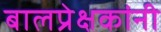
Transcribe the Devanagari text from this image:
बालप्रेक्षकांनी